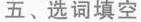
五、选词填空